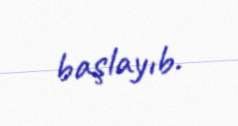
başlayıb.